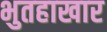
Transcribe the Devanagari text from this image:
भुतहाखार